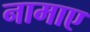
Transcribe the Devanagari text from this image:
नामाए